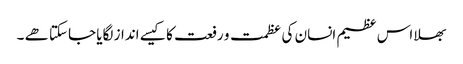
بھلا اس عظیم انسان کی عظمت و رفعت کا کیسے انداز لگایا جاسکتا ھے ۔